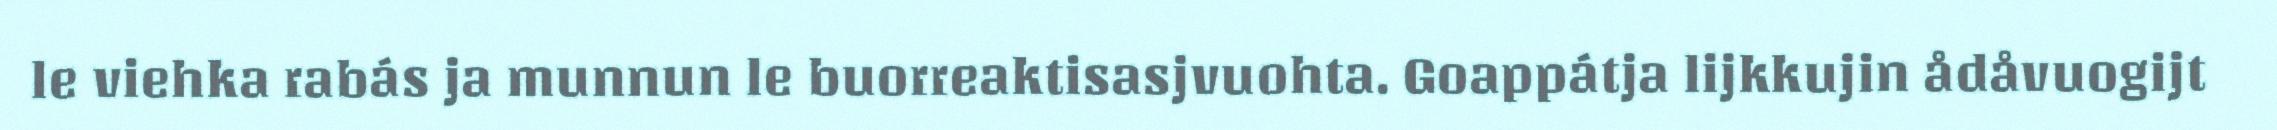
le viehka rabás ja munnun le buorreaktisasjvuohta. Goappátja lijkkujin ådåvuogijt